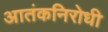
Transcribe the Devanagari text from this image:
आतंकनिरोधी